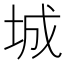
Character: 城